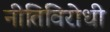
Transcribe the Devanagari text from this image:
नीतिविरोधी